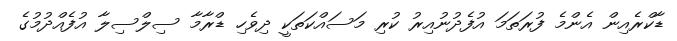
ޑާކްރެއިން އެންމެ ފުރަތަމަ އުފެދުނުއިރު ކުރި މަސައްކަތަކީ ދިވެހި ޑްރާމާ ސިލްސިލާ އުފެއްދުމުގެ